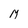
Character: M